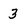
Character: 3